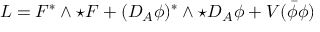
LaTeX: L = F ^ { * } \wedge \star F + ( D _ { A } \phi ) ^ { * } \wedge \star D _ { A } \phi + V ( \bar { \phi } \phi )